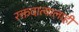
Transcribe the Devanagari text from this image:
रक्तदात्यालाही